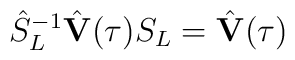
\hat S_L^{-1}\hat {\bf  V}(\tau)S_L=\hat {\bf  V}(\tau)